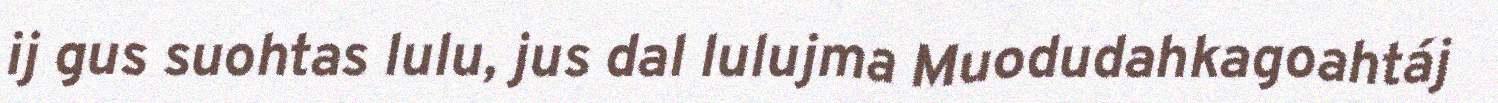
ij gus suohtas lulu, jus dal lulujma Muodudahkagoahtáj